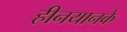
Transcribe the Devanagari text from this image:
हीनयानके